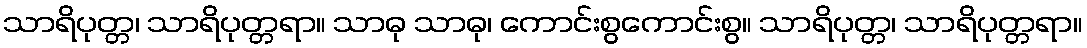
သာရိပုတ္တ၊ သာရိပုတ္တရာ။ သာဓု သာဓု၊ ကောင်းစွကောင်းစွ။ သာရိပုတ္တ၊ သာရိပုတ္တရာ။